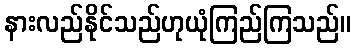
နားလည်နိုင်သည်ဟုယုံကြည်ကြသည်။